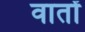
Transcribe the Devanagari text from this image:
वातों